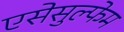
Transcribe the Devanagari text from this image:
एसेसुल्फेम